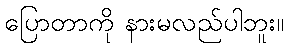
ပြောတာကို နားမလည်ပါဘူး။